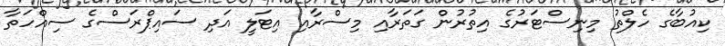
ކިއުބާގެ ހެލްތު މިނިސްޓަރުގެ އިތުރުން ގަތަރާއި މިސްރާއި އިޓަލީ އަދި ސައިޕްރަސްގެ ސިއްހަތާ